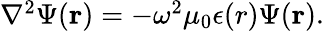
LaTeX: \begin{array}{r}{\nabla^{2}{\Psi}({\mathbf r})=-\omega^{2}\mu_{0}\epsilon(r){\Psi}({\mathbf r}).}\end{array}